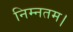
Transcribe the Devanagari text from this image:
निम्नतम।